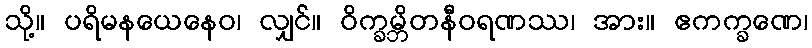
သို့။ ပရိမနယေနေဝ၊ လျှင်။ ဝိက္ခမ္ဘိတနီဝရဏဿ၊ အား။ ဧကက္ခဏေ၊